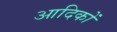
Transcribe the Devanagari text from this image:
आदिकों